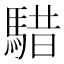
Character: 𩤈